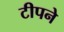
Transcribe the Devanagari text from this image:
टीपने